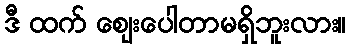
ဒီ ထက် ဈေးပေါတာမရှိဘူးလား။